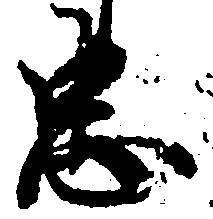
忠